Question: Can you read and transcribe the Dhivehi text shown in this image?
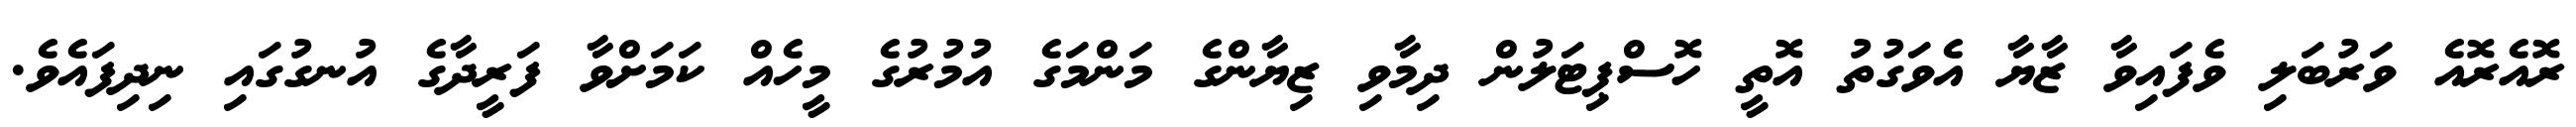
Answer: ރޮއެރޮއެ ވަރުބަލި ވެފައިވާ ޒާޔާ އެވަގުތު އޮތީ ހޮސްޕިޓަލުން ދިމާވި ޒިޔާންގެ މަންމަގެ އުމުރުގެ މީހެއް ކަމަށްވާ ފަރީދާގެ އުނގުގައި ނިދިފައެވެ.